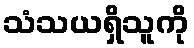
သံသယရှိသူကို